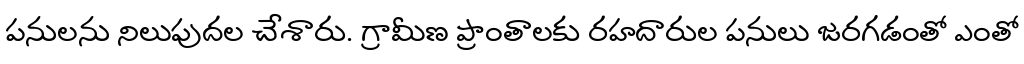
పనులను నిలుపుదల చేశారు. గ్రామీణ ప్రాంతాలకు రహదారుల పనులు జరగడంతో ఎంతో